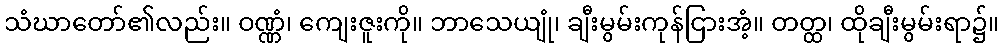
သံဃာတော်၏လည်း။ ဝဏ္ဏံ၊ ကျေးဇူးကို။ ဘာသေယျုံ၊ ချီးမွမ်းကုန်ငြားအံ့။ တတ္ထ၊ ထိုချီးမွမ်းရာ၌။